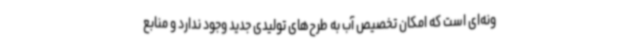
ونه‌ای است که امکان تخصیص آب به طرح‌های تولیدی جدید وجود ندارد و منابع